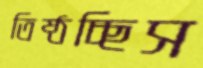
তিষ্ঠচ্ছিস